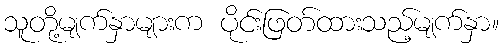
သူတို့မျက်နှာများက ပိုင်းဖြတ်ထားသည့်မျက်နှာ။